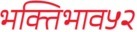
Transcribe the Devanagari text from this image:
भक्तिभाव५२